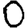
Digit: 0